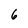
Character: 6